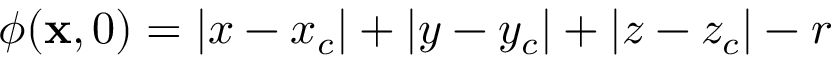
\phi ( \mathbf { x } , 0 ) = | x - x _ { c } | + | y - y _ { c } | + | z - z _ { c } | - r